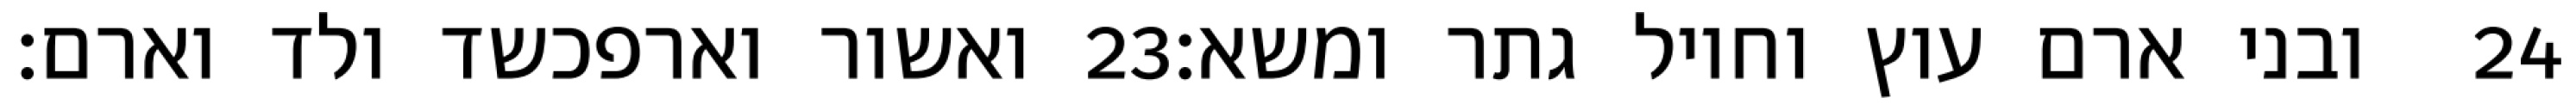
ואשור וארפכשד ולד וארם׃ ‎23‏ ובני ארם עוץ וחויל גתר ומשא׃ ‎24‏